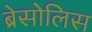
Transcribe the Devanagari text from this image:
ब्रेसोलिस